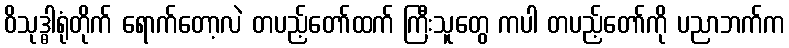
ဝိသုဒ္ဓါရုံတိုက် ရောက်တော့လဲ တပည့်တော်ထက် ကြီးသူတွေ ကပါ တပည့်တော်ကို ပညာဘက်က